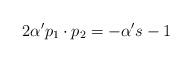
LaTeX: \begin{align*}2\alpha^{\prime}p_{1}\cdot p_{2}=-\alpha^{\prime}s-1\end{align*}